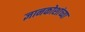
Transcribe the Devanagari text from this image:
ज्ञानकोशांच्या